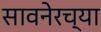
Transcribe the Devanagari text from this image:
सावनेरच्या